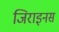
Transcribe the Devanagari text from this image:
जिराइनस